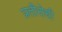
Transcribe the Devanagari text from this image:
प्रतीरोधी